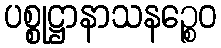
ပစ္စုဋ္ဌာနာသနဉ္စေဝ